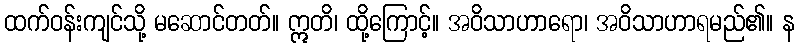
ထက်ဝန်းကျင်သို့ မဆောင်တတ်။ ဣတိ၊ ထို့ကြောင့်။ အဝိသာဟာရော၊ အဝိသာဟာရမည်၏။ န